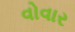
વોવાર